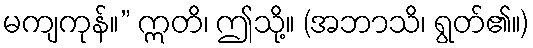
မကျကုန်။” ဣတိ၊ ဤသို့။ (အဘာသိ၊ ရွတ်၏။)